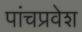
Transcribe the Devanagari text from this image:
पांचप्रवेश